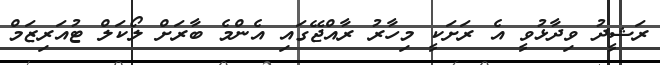
ރަޝީދު ވިދާޅުވީ އެ ރަށަކީ މިހާރު ރާއްޖޭގައި އެންމެ ބާރަށް ލޯކަލް ޓުއަރިޒަމް